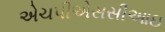
એચપીએસસીઆઇ